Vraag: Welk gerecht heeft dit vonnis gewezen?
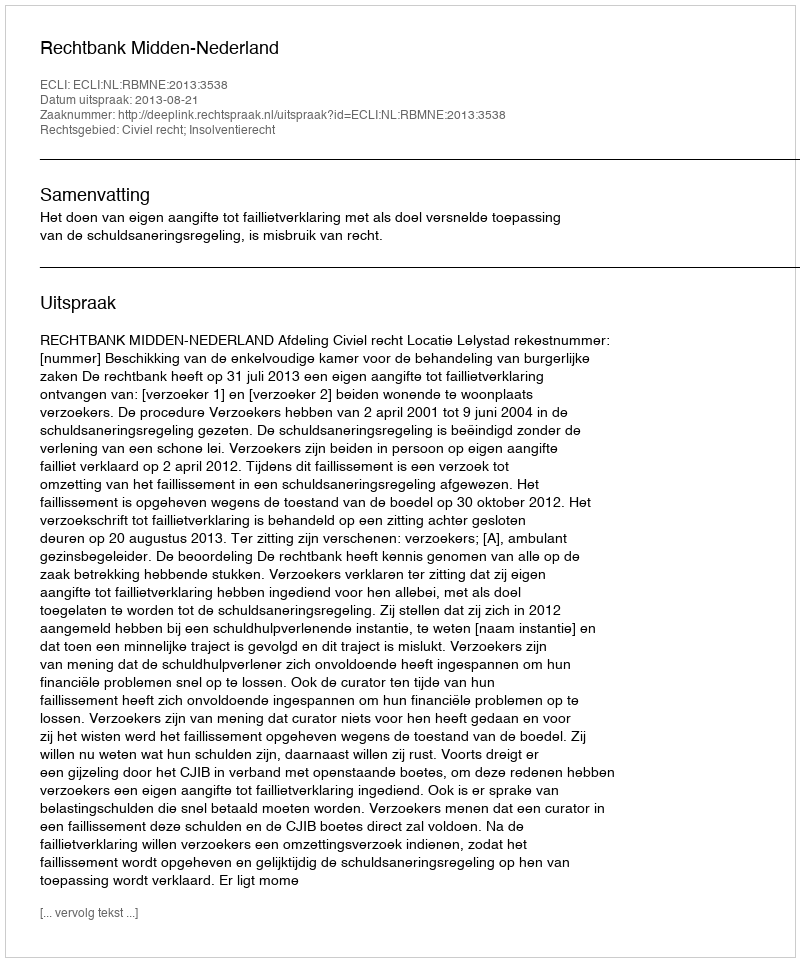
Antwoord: Rechtbank Midden-Nederland